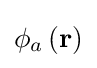
\phi _{a}\left(\mathbf {r} \right)